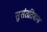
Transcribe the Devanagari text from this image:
सुसंततिशास्त्र